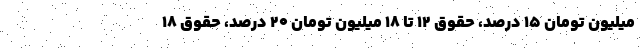
میلیون تومان 15 درصد، حقوق 12 تا 18 میلیون تومان 20 درصد، حقوق 18